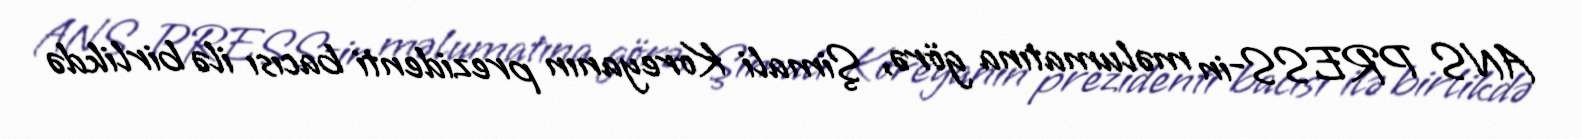
ANS PRESS-in məlumatına görə, Şimali Koreyanın prezidenti bacısı ilə birlikdə